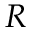
R